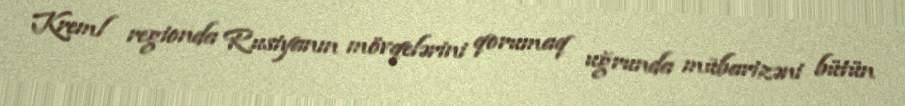
Kreml regionda Rusiyanın mövqelərini qorumaq uğrunda mübarizəni bütün